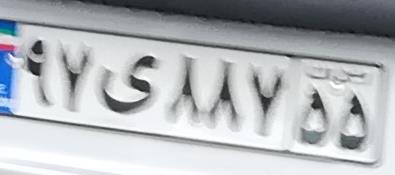
۹۷ی۸۸۷۵۵